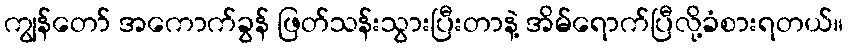
ကျွန်တော် အကောက်ခွန် ဖြတ်သန်းသွားပြီးတာနဲ့ အိမ်ရောက်ပြီလို့ခံစားရတယ်။